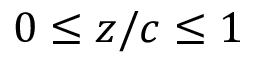
0 \leq z / c \leq 1